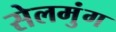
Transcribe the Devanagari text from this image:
सेलमुंग